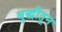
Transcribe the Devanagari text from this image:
बुद्धीतून